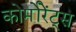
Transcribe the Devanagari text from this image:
कोर्मोरेंट्स